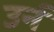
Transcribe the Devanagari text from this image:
उर्न